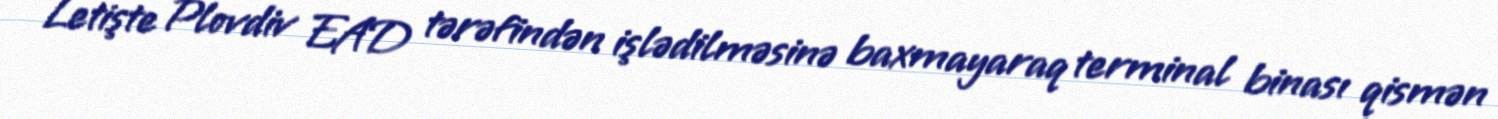
Letişte Plovdiv EAD tərəfindən işlədilməsinə baxmayaraq terminal binası qismən